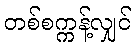
တစ်စက္ကန့်လျှင်